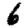
Digit: 6